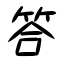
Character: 答